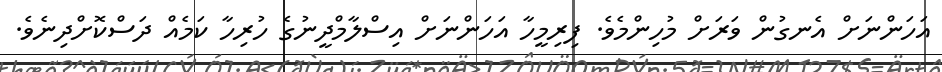
އަހަންނަށް އެނގުން ވަރަށް މުހިންމެވެ. ފިރިމީހާ އަހަންނަށް އިސްލާމްދީނުގެ ހުރިހާ ކަމެއް ދަސްކޮށްދިނެވެ.